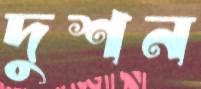
দুশন